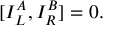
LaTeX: \lbrack { I _ { L } ^ { A } , I _ { R } ^ { B } ] } = 0 .